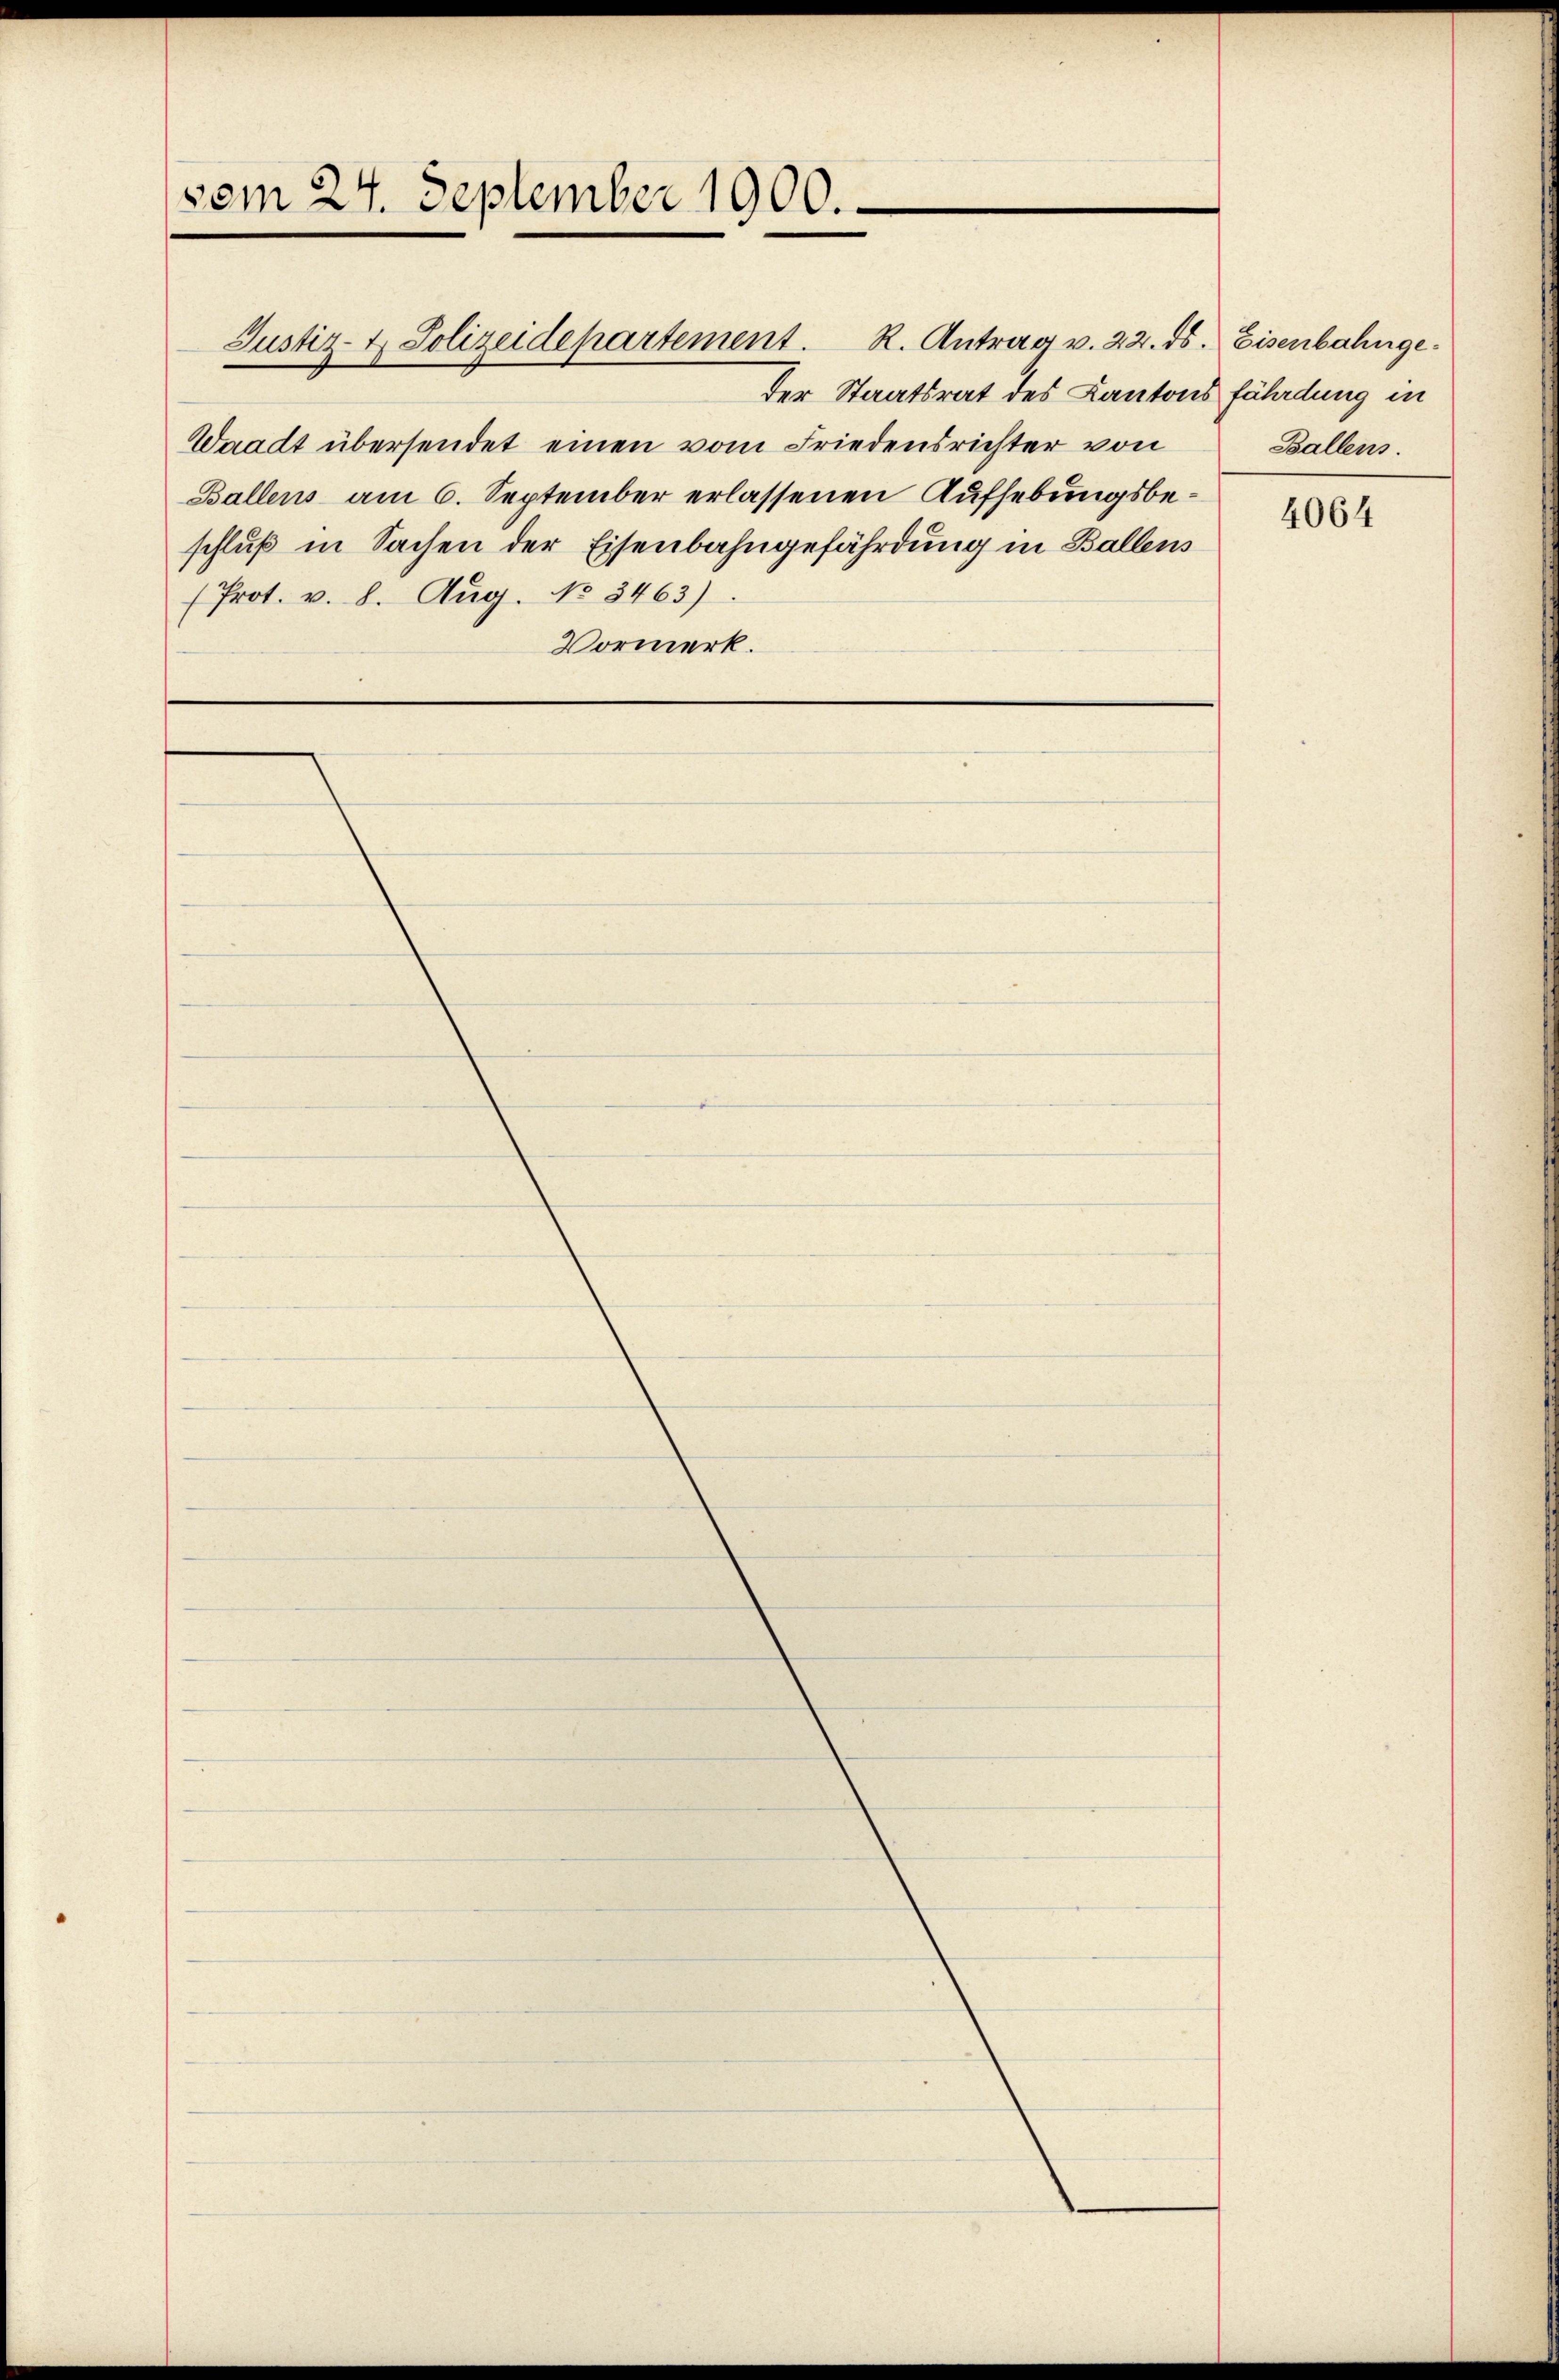
(vom 24. September 1900.

der Staatsrat des Kantons fährdung in
Waadt übersendet einen vom Friedensrichter von
Ballens am 6. September erlassenen Aufhebungsbeschluß in Sachen der Eisenbahngefährdung in Ballens
(Prot. v. 8. Aug. No 3463)
Vormerk.

Justiz- & Polizeidepartement. R. Antrag v. 22. ds. Eisenbahnge¬

Ballens.

4064